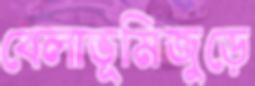
বেলাভূমিজুড়ে